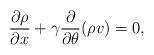
LaTeX: \begin{align*}\frac{\partial \rho }{\partial x}+\gamma \frac{\partial }{\partial\theta }(\rho v)=0,\end{align*}